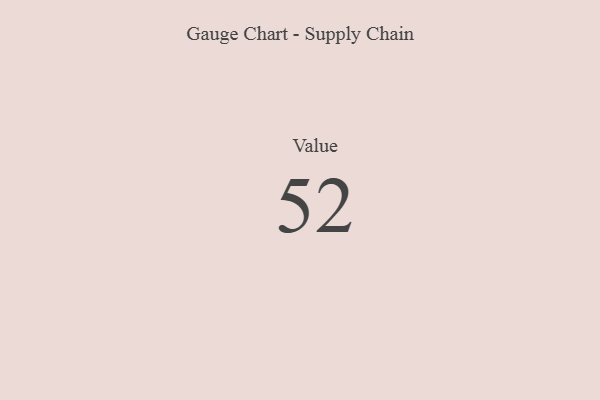
{"axis": {"x": "Metric", "y": "Value"}, "legend": [""], "data": [{"x": "Value", "y": 52, "type": ""}]}